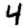
Digit: 4